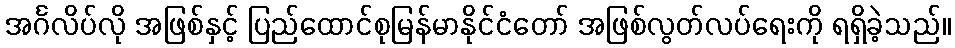
အင်္ဂလိပ်လို အဖြစ်နှင့် ပြည်ထောင်စုမြန်မာနိုင်ငံတော် အဖြစ်လွတ်လပ်ရေးကို ရရှိခဲ့သည်။